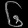
Digit: ၆